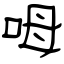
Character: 呣